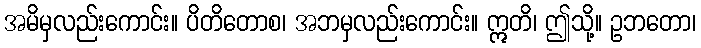
အမိမှလည်းကောင်း။ ပိတိတောစ၊ အဘမှလည်းကောင်း။ ဣတိ၊ ဤသို့။ ဥဘတော၊